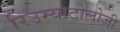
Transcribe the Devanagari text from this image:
रिउम्याटोलोजी